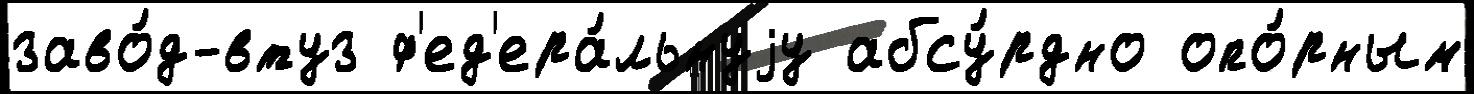
заво́д-втуз ф'ед'ера́льнуjу абсу́рдно опо́рным